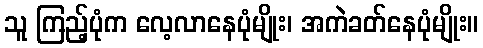
သူ ကြည့်ပုံက လေ့လာနေပုံမျိုး၊ အကဲခတ်နေပုံမျိုး။